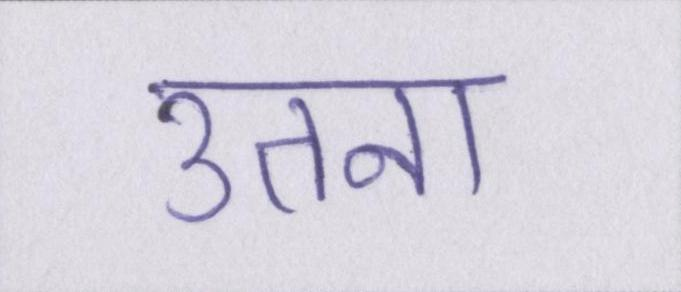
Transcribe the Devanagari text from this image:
उतना